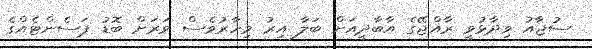
ސުޖާއު ވިދާޅުވީ ރާއްޖޭގެ އާބާދީއަށް ބަލާ އިރު މިހާރުވެސް ވަރަށް ބޮޑު ޕަސެންޓެއްގެ